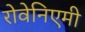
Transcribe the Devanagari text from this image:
रोवेनिएमी